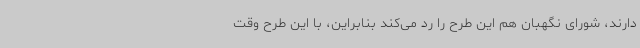
دارند، شورای نگهبان هم این طرح را رد می‌کند بنابراین، با این طرح وقت